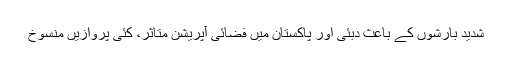
شدید بارشوں کے باعث دبئی اور پاکستان میں فضائی آپریشن متاثر، کئی پروازیں منسوخ